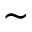
\sim